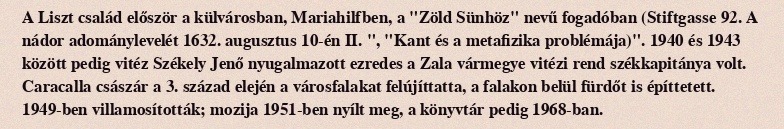
A Liszt család először a külvárosban, Mariahilfben, a "Zöld Sünhöz" nevű fogadóban (Stiftgasse 92. A nádor adománylevelét 1632. augusztus 10-én II. ", "Kant és a metafizika problémája)". 1940 és 1943 között pedig vitéz Székely Jenő nyugalmazott ezredes a Zala vármegye vitézi rend székkapitánya volt. Caracalla császár a 3. század elején a városfalakat felújíttatta, a falakon belül fürdőt is építtetett. 1949-ben villamosították; mozija 1951-ben nyílt meg, a könyvtár pedig 1968-ban.